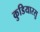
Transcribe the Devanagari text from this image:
कुडियारसु